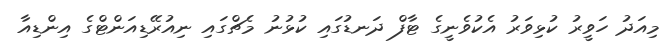
މިއަދު ހަވީރު ކުޅިވަރު އެކުވެނީގެ ޓާފް ދަނޑުގައި ކުޅުނު މެޗްގައި ނިއުރޭޑިއަންޓްގެ އިންޑިއާ